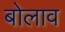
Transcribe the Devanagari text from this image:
बोलाव